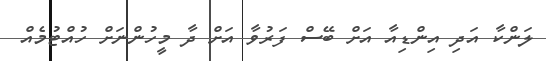
ލަންކާ އަދި އިންޑިއާ އަށް ބޭސް ފަރުވާ އަށް ދާ މީހުންނަށް ހުއްޓުމެއް